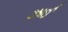
ઝાઈ